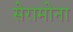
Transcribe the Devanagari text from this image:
सेरामोना